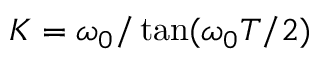
K = \omega _ { 0 } / \tan ( \omega _ { 0 } T / 2 )